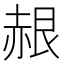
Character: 𬦂